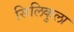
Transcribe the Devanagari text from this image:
सिलिकुला